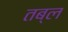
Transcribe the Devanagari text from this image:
तब्ल